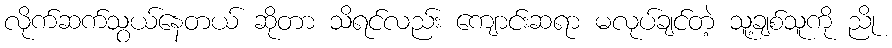
လိုက်ဆက်သွယ်နေတယ် ဆိုတာ သိရင်လည်း ကျောင်းဆရာ မလုပ်ချင်တဲ့ သူ့ချစ်သူကို ညို